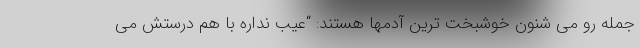
جمله رو می شنون خوشبخت ترین آدمها هستند: “عیب نداره با هم درستش می